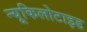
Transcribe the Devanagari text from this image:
न्यूकिलोटाइड